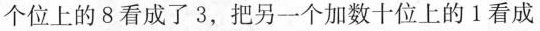
个位上的8看成了3，把另一个加数十位上的1看成